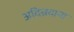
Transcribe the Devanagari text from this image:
अदिन्नदाना